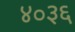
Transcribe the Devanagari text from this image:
४०३६